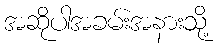
အဆိုပါအခမ်းအနားသို့